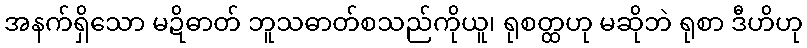
အနက်ရှိသော မဍိဓာတ် ဘူသဓာတ်စသည်ကိုယူ၊ ရုစတ္ထဟု မဆိုဘဲ ရုစာ ဒီဟိဟု